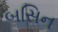
બસિન